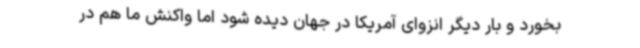
بخورد و بار دیگر انزوای آمریکا در جهان دیده شود اما واکنش ما هم در